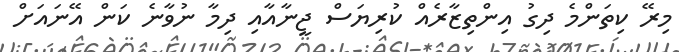
މިރޭ ކިތަންމެ ދިގު އިންތިޒާރެއް ކުރިޔަސް ޖީނާއާއި ދިމާ ނުވާނެ ކަން އޭނައަށް